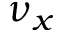
\nu _ { x }